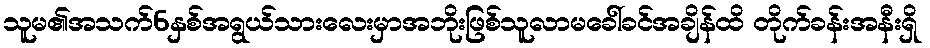
သူမ၏အသက်6နှစ်အရွယ်သားလေးမှာအဘိုးဖြစ်သူလာမခေါ်ခင်အချိန်ထိ တိုက်ခန်းအနီးရှိ